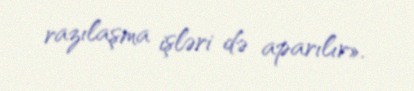
razılaşma işləri də aparılır».